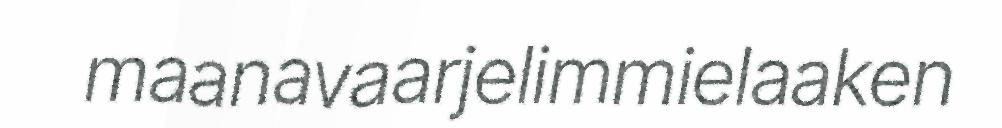
maanavaarjelimmielaaken